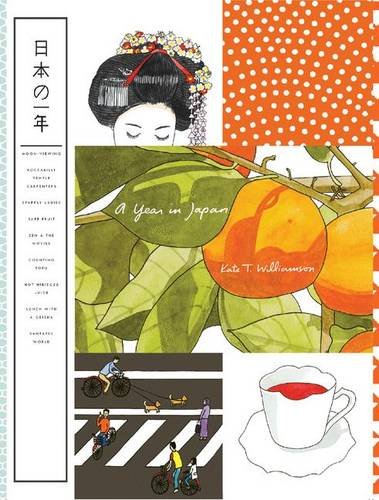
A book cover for A Year in Japan; Kate T. Williamson; History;